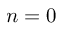
n = 0